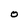
Character: 0